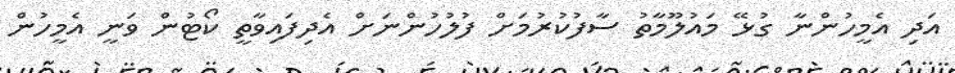
އަދި އެމީހުންނާ ގުޅޭ މައުލޫމާތު ސާފުކުރުމަށް ފުލުހުންނަށް އެދިފައިވާތީ ކޯޓުން ވަނީ އެމީހުން